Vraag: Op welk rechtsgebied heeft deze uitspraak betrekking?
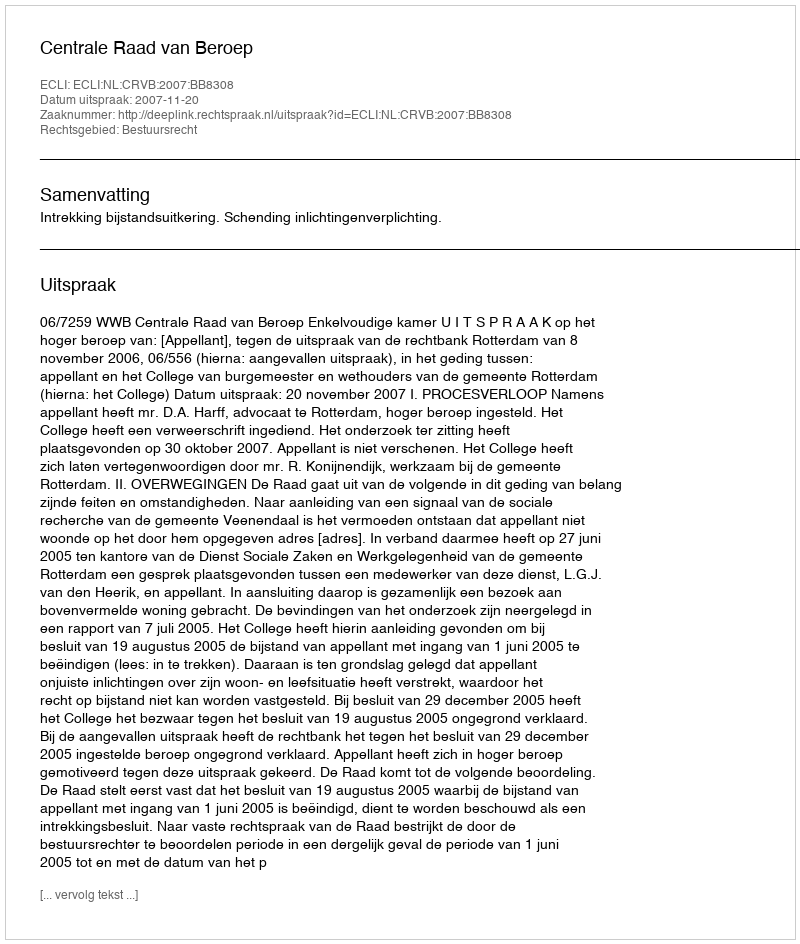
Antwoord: Bestuursrecht